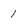
Character: 1